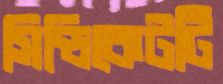
সিন্ডিকেটটি